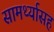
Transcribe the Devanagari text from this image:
सामर्थ्यासह